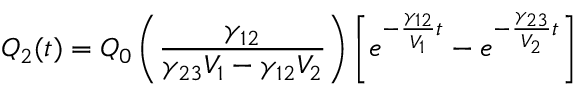
Q _ { 2 } ( t ) = Q _ { 0 } \left( \frac { \gamma _ { 1 2 } } { \gamma _ { 2 3 } V _ { 1 } - \gamma _ { 1 2 } V _ { 2 } } \right) \left[ e ^ { - \frac { \gamma _ { 1 2 } } { V _ { 1 } } t } - e ^ { - \frac { \gamma _ { 2 3 } } { V _ { 2 } } t } \right]